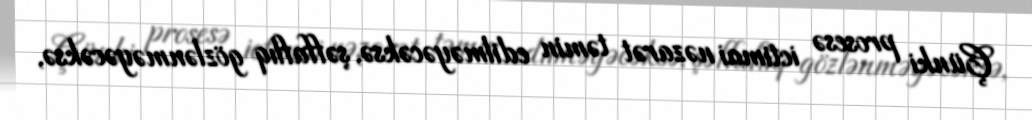
Çünki prosesə ictimai nəzarət təmin edilməyəcəksə, şəffaflıq gözlənməyəcəksə,